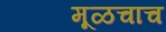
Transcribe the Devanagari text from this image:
मूळचाच